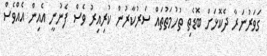
ގަވަރުނަރާ ދެކޮޅަށް ބޮޑެތި ތުހުމަތުތައް ސަރުކާރުން ކުރިއިރު ވެސް ފެނުނީ އެއިން އެއްވެސް